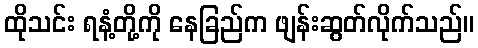
ထိုသင်း ရနံ့တို့ကို နေခြည်က ဖျန်းဆွတ်လိုက်သည်။